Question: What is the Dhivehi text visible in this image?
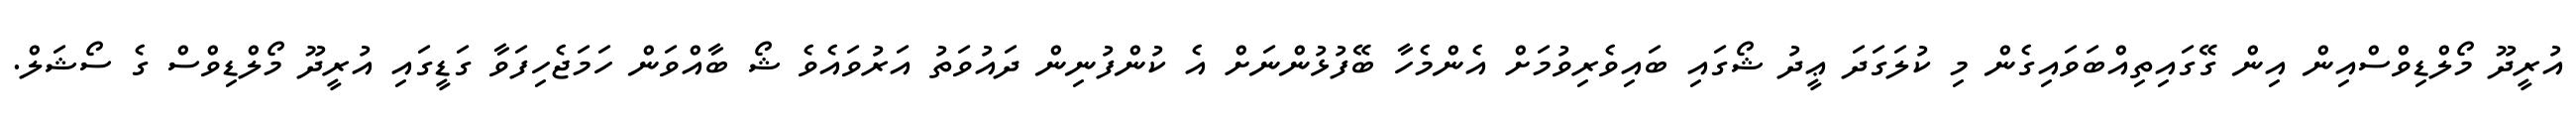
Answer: އުރީދޫ މޯލްޑިވްސްއިން އިން ގޭގައިތިއްބަވައިގެން މި ކުލަގަދަ ޢީދު ޝޯގައި ބައިވެރިވުމަށް އެންމެހާ ބޭފުޅުންނަށް އެ ކުންފުނިން ދައުވަތު އަރުވައެވެ ޝޯ ބާއްވަން ހަމަޖެހިފަވާ ގަޑީގައި އުރީދޫ މޯލްޑިވްސް ގެ ސޯޝަލް.